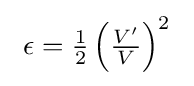
\ \epsilon ={\tfrac {1}{2}}\left({\tfrac {V'}{V}}\right)^{2}\